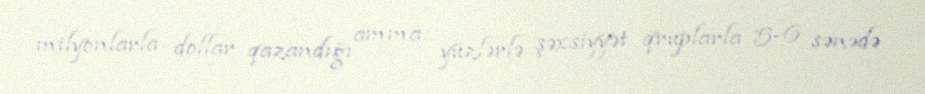
milyonlarla dollar qazandığı amma yüzlərlə şəxsiyyət qruplarla 5-6 sənədə